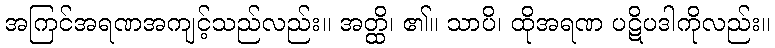
အကြင်အရဏအကျင့်သည်လည်း။ အတ္ထိ၊ ၏။ သာပိ၊ ထိုအရဏ ပဋိပဒါကိုလည်း။